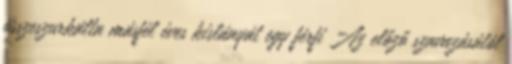
összeszurkálta másfél éves kislányát egy férfi Az előző szavazásától